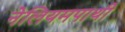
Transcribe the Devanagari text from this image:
नेलियमपाथी